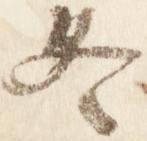
冬